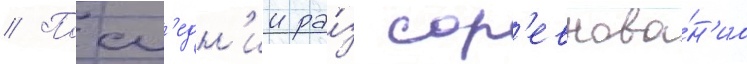
// Посл'едн'ии ра́з сор'евнова́н'иа